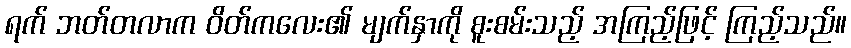
ရက် ဘတ်တလာက ဝိတ်ကလေး၏ မျက်နှာကို စူးစမ်းသည့် အကြည့်ဖြင့် ကြည့်သည်။